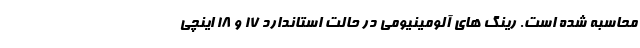
محاسبه شده است. رینگ های آلومینیومی در حالت استاندارد 17 و 18 اینچی